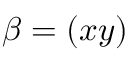
\beta = ( x y )